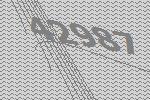
42987